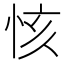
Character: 㤥